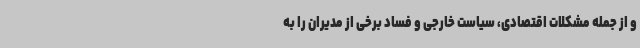
و از جمله مشکلات اقتصادی، سیاست خارجی و فساد برخی از مدیران را به